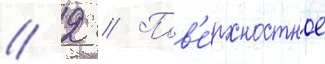
// 2 // Пов'е́рхностное